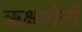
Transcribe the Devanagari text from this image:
ऋक्षयोनी